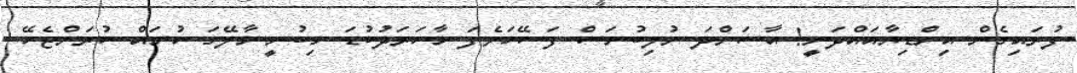
ފުރައިގެން އިންޑިޔާއައްދަނީ! އާސަންދަ ނުލިބުނަސް ފަސޭހަވެފަ މާހަރަދުކުޑަ މިބުނީ މާލޭގަ ހުނައް ކުރަންޖެހޭ